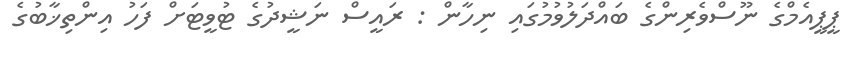
ޕީޕީއެމްގެ ނޫސްވެރިންގެ ބައްދަލުވުމުގައި ނިހާން : ރައީސް ނަޝީދުގެ ޓުވީޓަށް ފަހު އިންތިޚާބުގެ